Report on vaccination in the Province of Bengal - 1869-1873
Year: 1869
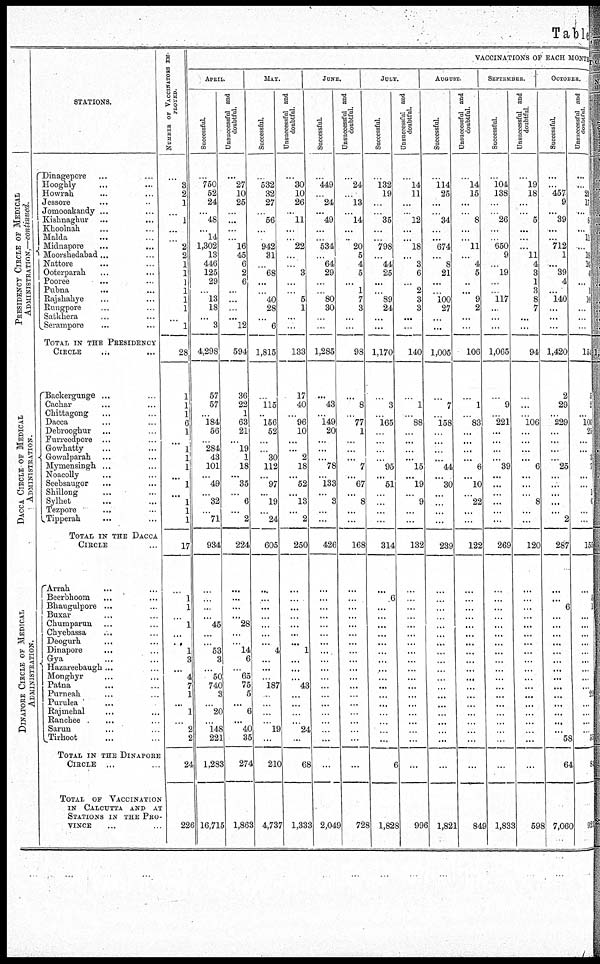
Table
STATIONS.
PRESIDENCY CIRCLE OF MEDICAL
ADMINISTRATION,—continued.
DACCA CIRCLE OF ME DICAL
ADMINIS T RAT ION.
DINAP ORE CIRCLE OF ME DICAL
ADMINIS T RAT ION.
Dinagepore... ... ...
Hooghly... ... ...
Howrah... ... ...
Jessore... ... ...
Jomooakandy... ... ...
Kishanaghur... ...
Khoolnah... ... ...
Malda... ... ...
Midnapore... ...
Moorshedabad... ...
Nattore... ... ...
Ooterparah... ...
Pooree... ...
Pubna...
...
Rajshahye... ...
Rungpore... ...
Satkhera... ...
Serampore... ...
TOTAL IN THE PRESIDENCY
CIRCLE ... ...
Backergunge... ... ...
Cachar... ...
Chittagong... ...
Dacca... ...
Debroogbur
Furreedpore... ... ...
Growhatty... ...
Gowalparah... ...
Mymensingh... ... ...
Noacolly... ...
Seebsaugor... ...
Shillong... ...
Sylhet... ...
Tezpore...
...
Tipperah... ...
TOTAL IN THE DACCA
CIRCLE ...
Arrah... ...
Beerbhoom... ...
Bhaugulpore... ... ...
Buxar... ...
Chumparun... ...
Chyebassa... ...
Deogurh... ...
Dinapore... ......
Gya... ... ...
Hazareebaugh... ... ...
Monghyr... ...
Patna... ...
Purneah... ...
Purulea... ...
Rajmehal... ... ...
Ranchee...
...
Sarun... ...
Tirhoot... ...
TOTAL IN THE DINAPORE
CIRCLE ... ...
TOTAL OF VACCINATION
IN CALCUTTA AND AT
STATIONS IN THE PRO-
-----... ... ...
NUMBER OF VACCINATION EM-
PLOYED.
...
3
2
1
...
1
...
...
2
2
1
1
1
1
1
1
...
1
28
1
1
1
6
1
...
1
1
1
...
1
...
1
1
1
17
...
1 1
...
1
...
...
1
3
...
4
7
1
...
1
..
2
2
24
226
VACCINATIONS OF EACH MONTH
APRIL.
Successful.
...
750
52
24
...
48
...
14
1,302
13
446
125
29
...
13
18
...
3
4,298
57
57
...
184
56
...
284
43
101
...
49
...
32
...
71
934
...
...
...
...
45
...
...
53
3
...
50
740
3
...
20
...
148
221
1,283
16,715
Unsuccessful and
doubtful.
...
27
10
25
...
...
...
...
16
45
6
2
6
...
...
...
...
12
594
36
22
1
63
21
...
19
1
18
...
35
...
6
...
2
224
...
...
...
...
28
...
...
14
6
...
65
75
5
...
6
...
40
35
274
1,863
MAY.
Successful.
...
532
32
27
...
56
...
...
942
31
...
68
...
...
40
28
...
6
1,815
...
115
..
156
52
...
...
30
112
...
97
...
19
...
24
605
...
...
...
...
...
...
...
4
...
...
...
187
..
...
...
...
19
...
210
4,735
Unsuccessful and
doubtful.
...
30
10
26
...
11
...
...
22
...
...
3
...
...
5
1
...
...
133
17
40
...
96
10
...
...
2
18
...
52
...
13
...
2
250
...
...
...
...
...
...
...
1
...
...
...
43
...
...
...
...
24
...
68
1,333
JUNE.
Successful.
...
449
...
24
...
49
...
...
534
...
64
29
...
...
80
30
...
...
1,285
...
43
...
149
20
...
...
...
78
...
133
...
3
...
...
426
...
...
...
...
...
...
...
...
...
...
...
...
...
...
...
...
...
...
...
2,049
Unsuccessful and
doubtful.
...
24
...
13
...
14
...
..
20
5
4
5
...
1
7
3
...
...
98
...
8
...
77
1
...
...
...
7
...
67
...
8
...
...
168
...
...
...
...
...
...
...
...
...
...
...
...
...
...
...
...
...
...
...
728
JULY.
Successful.
...
132
19
...
...
35
...
...
798
...
44
25
...
...
89
24
...
...
1,170
...
3
...
165
...
...
...
...
95
...
51
...
...
...
...
314
...
6
...
...
...
...
...
...
...
...
...
...
...
...
...
...
...
...
6
1,828
Unsuccessful and
doubtful.
...
14
11
...
..
12
...
...
18
...
3
6
...
2
3
3
...
...
140
...
1
...
88
...
...
...
...
15
...
19
...
9
...
...
132
...
...
...
...
...
...
...
...
...
...
...
...
...
...
...
...
...
...
...
996
AUGUST.
Successful.
...
114
25
...
...
34
...
...
674
...
8
21
...
...
100
27
...
...
1,005
...
7
...
158
...
...
...
...
44
...
30
...
...
...
...
239
...
...
...
...
...
...
...
...
...
...
...
...
...
...
...
...
...
...
...
1,821
Unsuccessful and
doubtful.
...
14
15
...
...
8
...
...
11
...
4
5
...
...
9
2
...
...
106
...
1
...
83
...
...
...
...
6
...
10
...
22
...
...
122
...
...
...
...
...
...
...
...
...
...
...
...
...
...
...
...
...
...
...
849
SEPTEMBER.
Successful.
...
104
138
...
...
26
...
..
650
9
...
19
...
...
117
..
...
...
1,065
...
9
...
221
...
...
...
...
39
...
...
...
...
...
...
269
...
...
...
...
...
...
...
...
...
...
...
...
...
...
...
...
...
...
...
1,833
Unsuccessful and
doubtful.
...
19
18
...
...
5
...
...
...
11
4
3
1
3
8
7
...
...
94
...
...
...
106
...
...
...
...
6
...
...
...
8
...
...
120
...
...
...
...
...
...
...
...
...
...
...
...
...
...
...
...
...
...
...
598
OCTOBER.
Successful.
...
...
457
9
...
39
...
...
712
1
...
39
4
...
140
...
...
...
1,420
2
29
...
229
...
...
...
...
25
...
...
...
...
...
2
287
...
... 6
...
...
...
...
...
...
...
...
...
...
...
...
...
...
58
64
7,060
Unsuccessful and
doubtful.
...
...
21
17
...
8
...
11
...
18
16
4
...
1
16
...
...
...
154
5
2
...
106
29
...
...
...
...
1
6
...
...
155
...
1
1
...
...
...
...
...
...
...
...
...
23
...
...
...
...
51
84
921